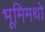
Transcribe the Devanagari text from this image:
भूमिमथो